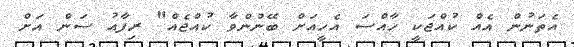
އެތަނުން އެއް ކުއްޖަކީ ހާއްސަ އެހީއަށް ބޭނުންވާ ކުއްޖެއް" ރިފާއު ސަން އަށް